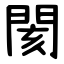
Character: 閡